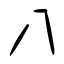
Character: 八